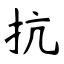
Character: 抗